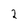
Character: 2